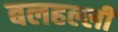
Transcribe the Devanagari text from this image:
बलहल्ली